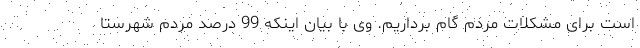
است برای مشکلات مردم گام برداریم. وی با بیان اینکه 99 درصد مردم شهرستا